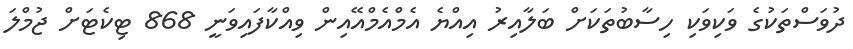
ދުވަސްތަކުގެ ވަކިވަކި ހިސާބުތަކަށް ބަލާއިރު އިއްޔެ އެމްއެމްއޭއިން ވިއްކާފައިވަނީ 868 ޓިކެޓަށް ޖުމްލަ